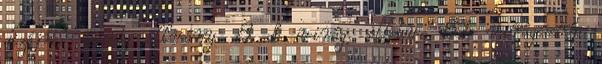
dizájnos virág állvány. 8 db virág, illetve 8db virágcserép